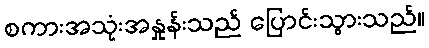
စကားအသုံးအနှုန်းသည် ပြောင်းသွားသည်။